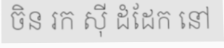
ចិន រក ស៊ី ដំដែក នៅ